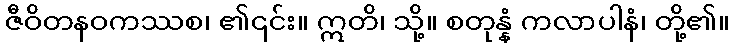
ဇီဝိတနဝကဿစ၊ ၏၎င်း။ ဣတိ၊ သို့။ စတုန္နံ ကလာပါနံ၊ တို့၏။